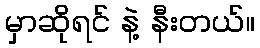
မှာဆိုရင် နဲ့ နီးတယ်။